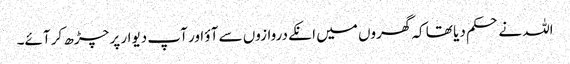
اللہ نے حکم دیا تھا کہ گھروں میں انکے دروازوں سے آؤ اور آپ دیوار پر چڑھ کر آئے۔